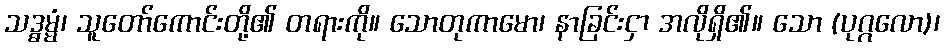
သဒ္ဓမ္မံ၊ သူတော်ကောင်းတို့၏ တရားကို။ သောတုကာမော၊ နာခြင်းငှာ အလိုရှိ၏။ သော (ပုဂ္ဂလော)၊